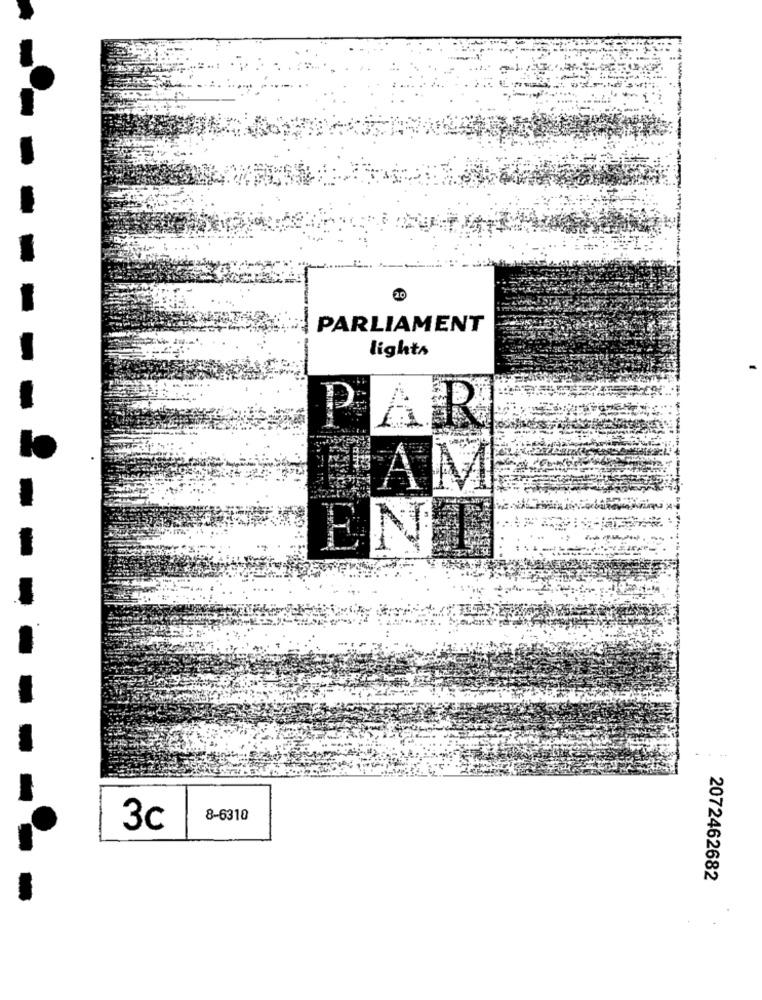
20
PARLIAMENT
lights
PAR
ENTE
8-6310
3c
2072462682